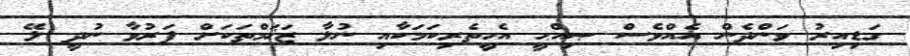
ގަޑިއިރު ވަންދެން އެއްވެސް ޞިއްޙީ އެހީތެރިކަމަކާއި ނުލާ ޒަޚަމްތަކަށް ފަރުވާ ނުދީ ލޭ